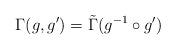
LaTeX: \begin{align*}\Gamma (g, g')= \tilde{\Gamma}(g^{-1} \circ g')\end{align*}